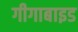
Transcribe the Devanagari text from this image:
गीगाबाइड